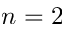
n = 2